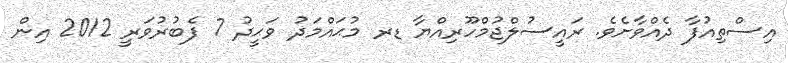
އިސްތިއުފާ ދެއްވާށެވެ. ރައީސުލްޖުމްހޫރިއްޔާ ޑރ މުޙައްމަދު ވަޙީދު 7 ފެބުރުވަރީ 2012 އިން